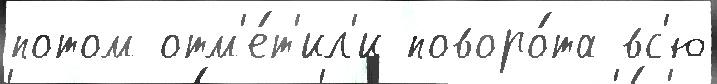
потом отм'е́т'ил'и поворо́та вс'ю